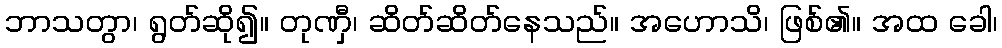
ဘာသတွာ၊ ရွတ်ဆို၍။ တုဏှီ၊ ဆိတ်ဆိတ်နေသည်။ အဟောသိ၊ ဖြစ်၏။ အထ ခေါ၊